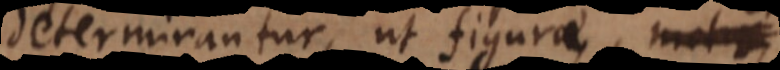
determinantur, ut figurae, motu